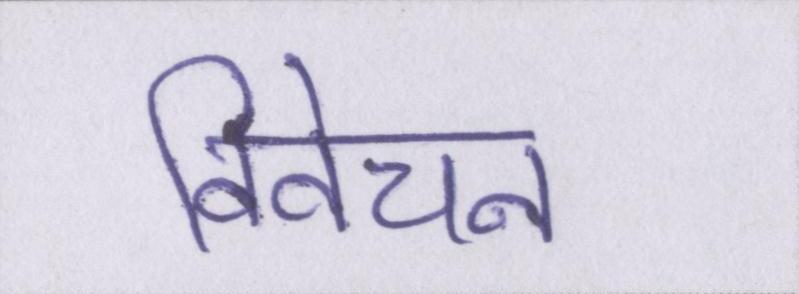
विवेचन